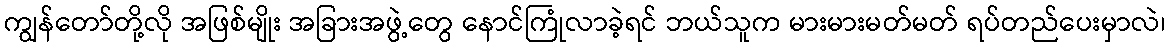
ကျွန်တော်တို့လို အဖြစ်မျိုး အခြားအဖွဲ့တွေ နောင်ကြုံလာခဲ့ရင် ဘယ်သူက မားမားမတ်မတ် ရပ်တည်ပေးမှာလဲ၊